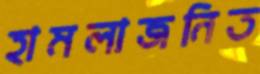
হামলাজনিত